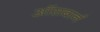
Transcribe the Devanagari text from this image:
ऑसबार्न